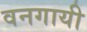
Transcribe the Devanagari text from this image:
वनगायी